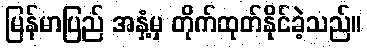
မြန်မာပြည် အနှံ့မှ တိုက်ထုတ်နိုင်ခဲ့သည်။